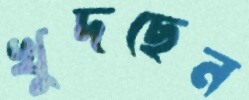
খুদছেন